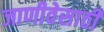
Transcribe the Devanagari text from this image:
जाणीवेसाठी